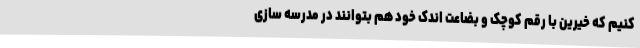
کنیم که خیرین با رقم کوچک و بضاعت اندک خود هم بتوانند در مدرسه سازی